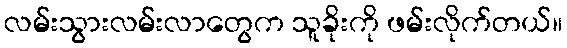
လမ်းသွားလမ်းလာတွေက သူခိုးကို ဖမ်းလိုက်တယ်။